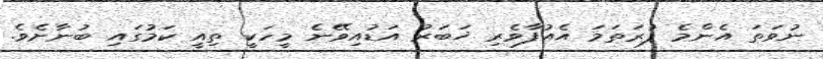
ނުވަތަ އެންމެ ފުރަތަމަ އެއުފާވެރި ޚަބަރު އަޑުއިވޭނެ މީހަކީ ތިއީ ކަމުގައި ބުނާށެވެ.